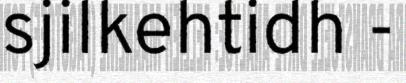
sjilkehtidh -